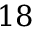
1 8